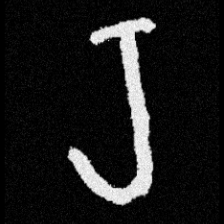
Pyu character \u2014 Myanmar letter: ရ (romanized: ra)